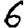
Digit: 6